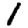
Digit: 1